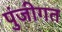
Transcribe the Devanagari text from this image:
पुंजीगत